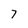
Character: 7